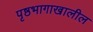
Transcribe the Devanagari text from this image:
पृष्ठभागाखालील